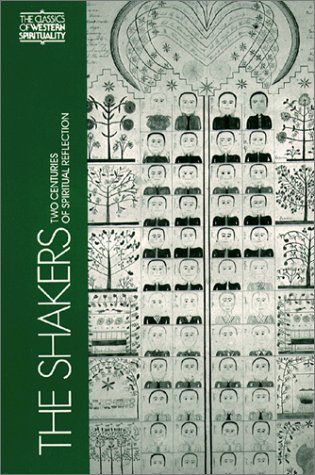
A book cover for The Shakers: Two Centuries of Spiritual Reflection (Classics of Western Spirituality); Robley E. Whitson; Christian Books & Bibles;